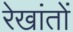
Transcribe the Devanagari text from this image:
रेखांतों